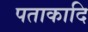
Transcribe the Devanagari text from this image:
पताकादि